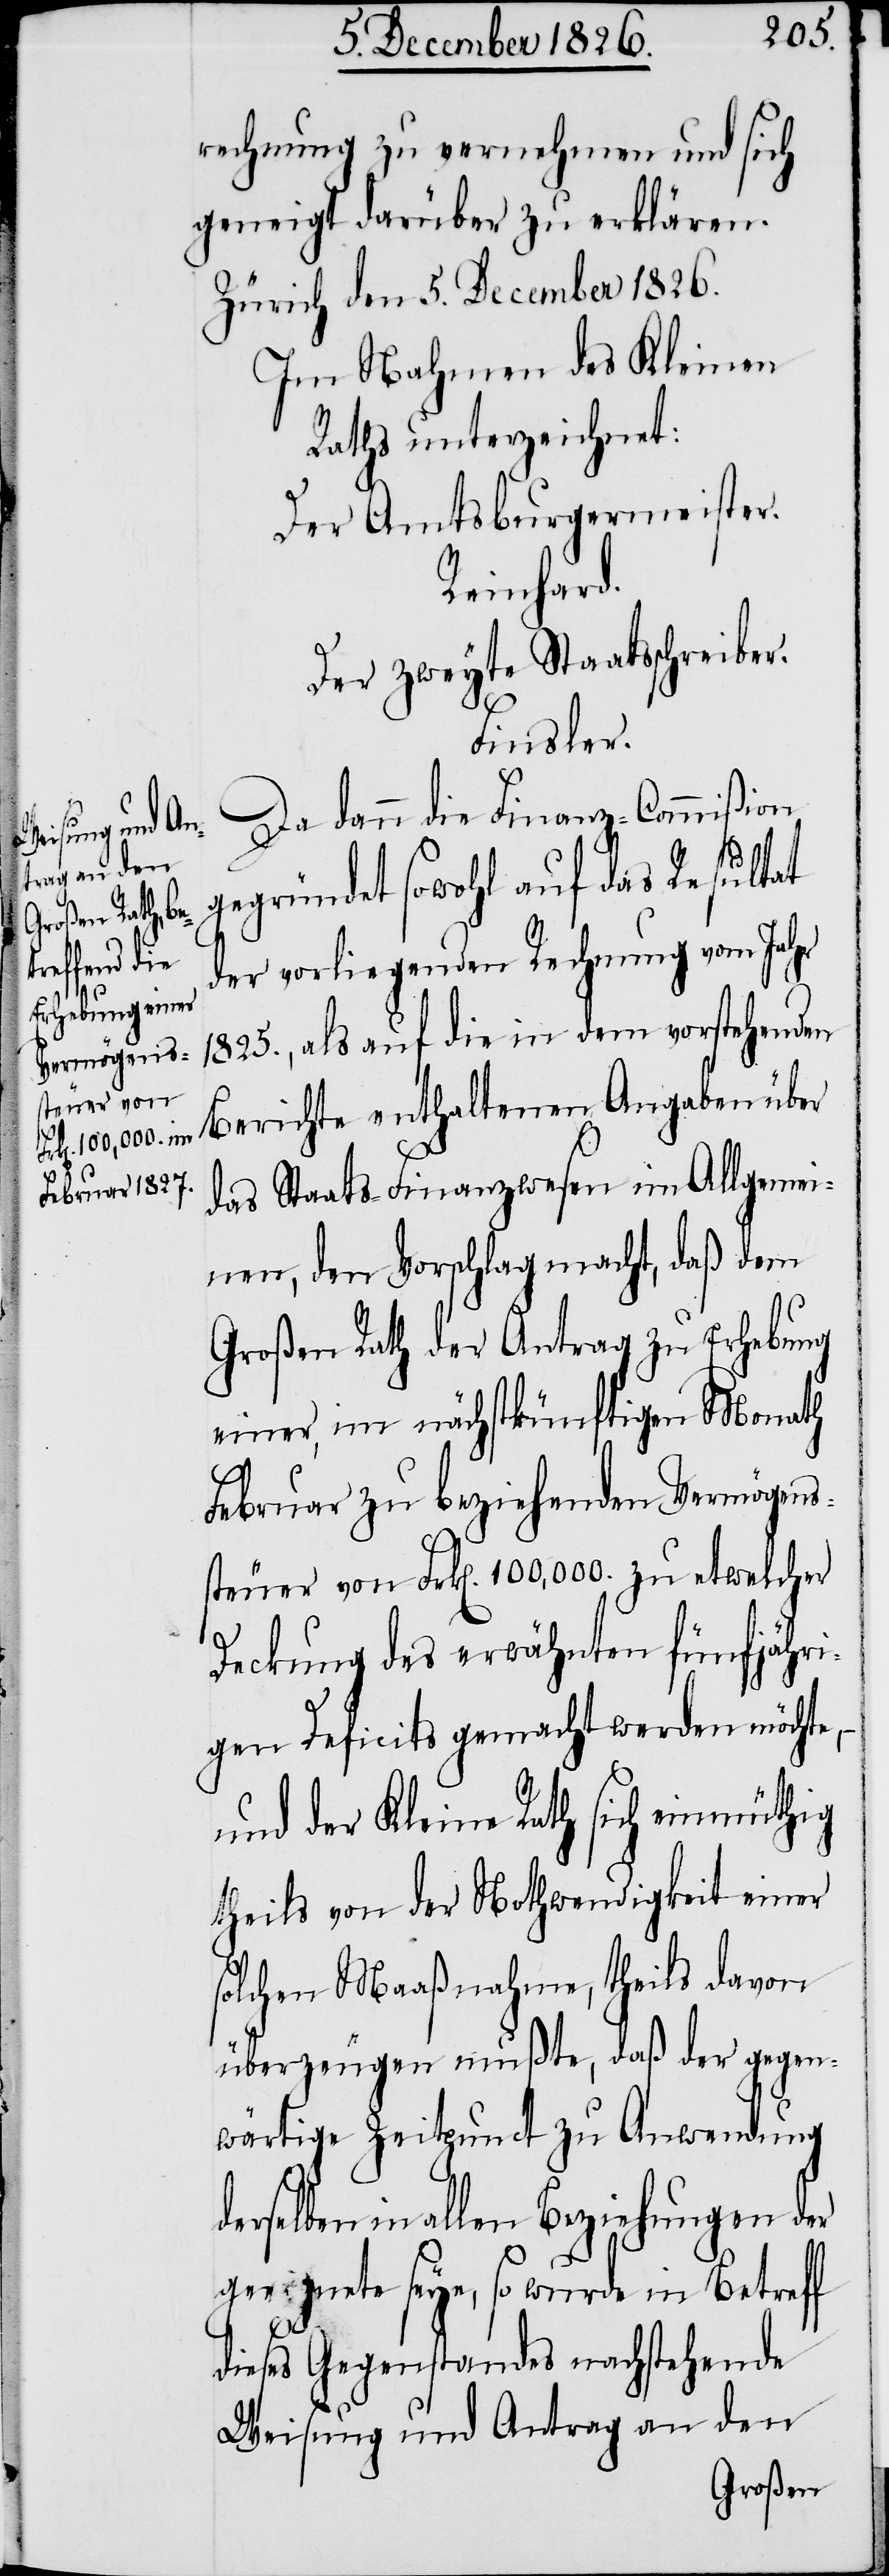
rechnung zu vernehmen und sich
geneigt darüber zu erklären.
Zürich den 5. December 1826.
Im Nahmen des Kleinen
Raths unterzeichnet:
Der Amtsburgermeister.
Reinhard.
Der zweyte Staatsschreiber.
Finsler.
Da dann die Finanz-Commißion
gegründet sowohl auf das Resultat
der vorliegenden Rechnung vom Jahr
1825., als auf die in dem vorstehenden
Berichte enthaltenen Angaben über
das Staats-Finanzwesen im Allgemei¬
nen, den Vorschlag macht, daß dem
Großen Rath der Antrag zu Erhebung
einer, im nächstkünftigen Monath
Februar zu beziehenden Vermögens¬
steuer von Frk[en]. 100,000. zu etwelcher
Deckung des erwähnten fünfjähri¬
gen Deficits gemacht werden möchte,
und der Kleine Rath sich einmüthig
theils von der Nothwendigkeit einer
solchen Maaßnahme, theils davon
überzeugen mußte, daß der gegen¬
wärtige Zeitpunct zu Anwendung
derselben in allen Beziehungen der
geeignete seye, so wurde in Betreff
dieses Gegenstandes nachstehende
Weisung und Antrag an den